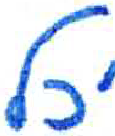
אות: ל